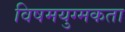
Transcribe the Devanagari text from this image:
विषमयुग्मकता